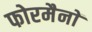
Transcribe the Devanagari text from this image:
फोरमैनाें